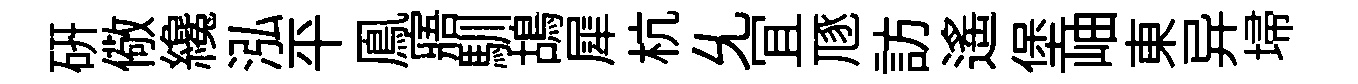
硏儆纔泓平鳯寤馴鴣犀杭𠃔冝豗訪遥堡岫東异埽